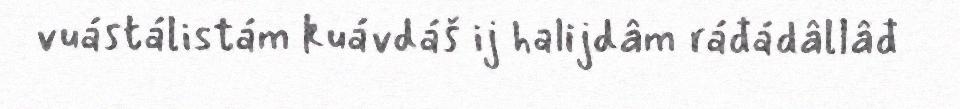
vuástálistám kuávdáš ij halijdâm ráđádâllâđ